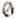
0